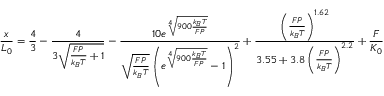
{ \frac { x } { L _ { 0 } } } = { \frac { 4 } { 3 } } - { \frac { 4 } { 3 { \sqrt { { \frac { F P } { k _ { B } T } } + 1 } } } } - { \frac { 1 0 e ^ { \sqrt [ { 4 } ] { 9 0 0 { \frac { k _ { B } T } { F P } } } } } { { \sqrt { \frac { F P } { k _ { B } T } } } \left( e ^ { \sqrt [ { 4 } ] { 9 0 0 { \frac { k _ { B } T } { F P } } } } - 1 \right) ^ { 2 } } } + { \frac { \left( { \frac { F P } { k _ { B } T } } \right) ^ { 1 . 6 2 } } { 3 . 5 5 + 3 . 8 \left( { \frac { F P } { k _ { B } T } } \right) ^ { 2 . 2 } } } + { \frac { F } { K _ { 0 } } }